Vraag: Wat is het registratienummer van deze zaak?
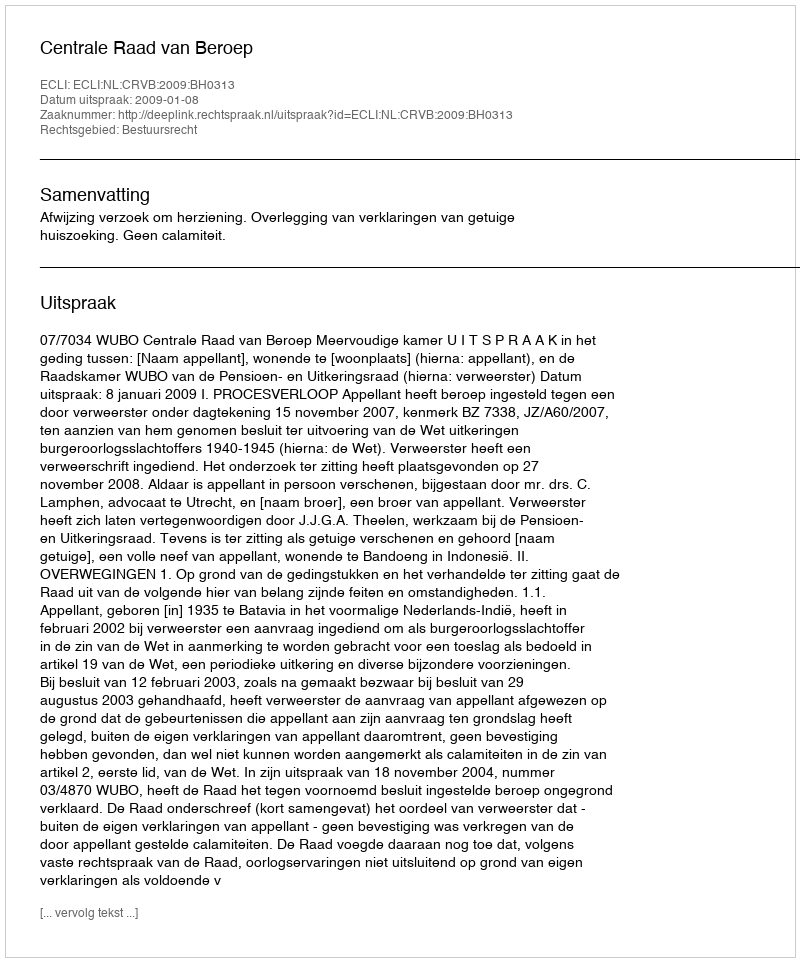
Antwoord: http://deeplink.rechtspraak.nl/uitspraak?id=ECLI:NL:CRVB:2009:BH0313